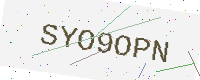
Text: SYO9OPN